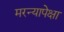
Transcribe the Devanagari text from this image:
मरन्यापेक्षा